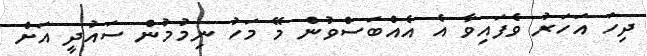
ދިހަ އަހަރު ވެފައިވާ އެ އެއްބަސްވުން މޭ މަހު ނިމުމުން ސައުދީ އަށް